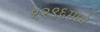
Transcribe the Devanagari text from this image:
१२९६मध्ये